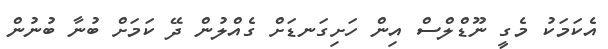
އެކަމަކު މެގީ ނޫޑްލްސް އިން ހަށިގަނޑަށް ގެއްލުން ދޭ ކަމަށް ބުނާ ބުނުން